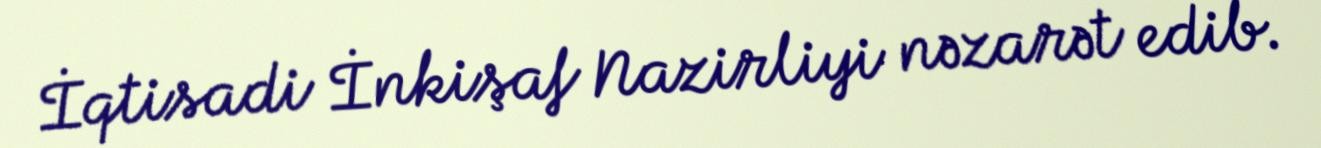
İqtisadi İnkişaf Nazirliyi nəzarət edib.